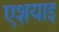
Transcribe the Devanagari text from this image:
एशयाइ